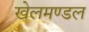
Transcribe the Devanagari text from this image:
खेलमण्डल